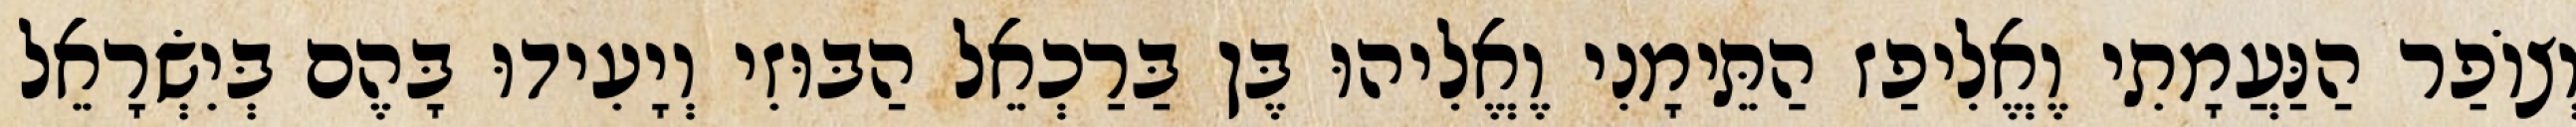
וְצוֹפַר הַנַּעֲמָתִי וֶאֱלִיפַז הַתֵּימָנִי וֶאֱלִיהוּ בֶּן בַּרַכְאֵל הַבּוּזִי וְיָעִידוּ בָּהֶם בְּיִשְׂרָאֵל